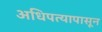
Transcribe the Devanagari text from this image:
अधिपत्यापासून